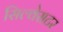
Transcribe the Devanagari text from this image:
सिल्वेसटर